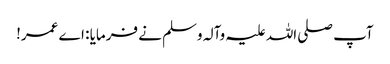
آپ صلی اللہ علیہ وآلہ وسلم نے فرمایا : اے عمر!